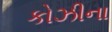
કોઝીના